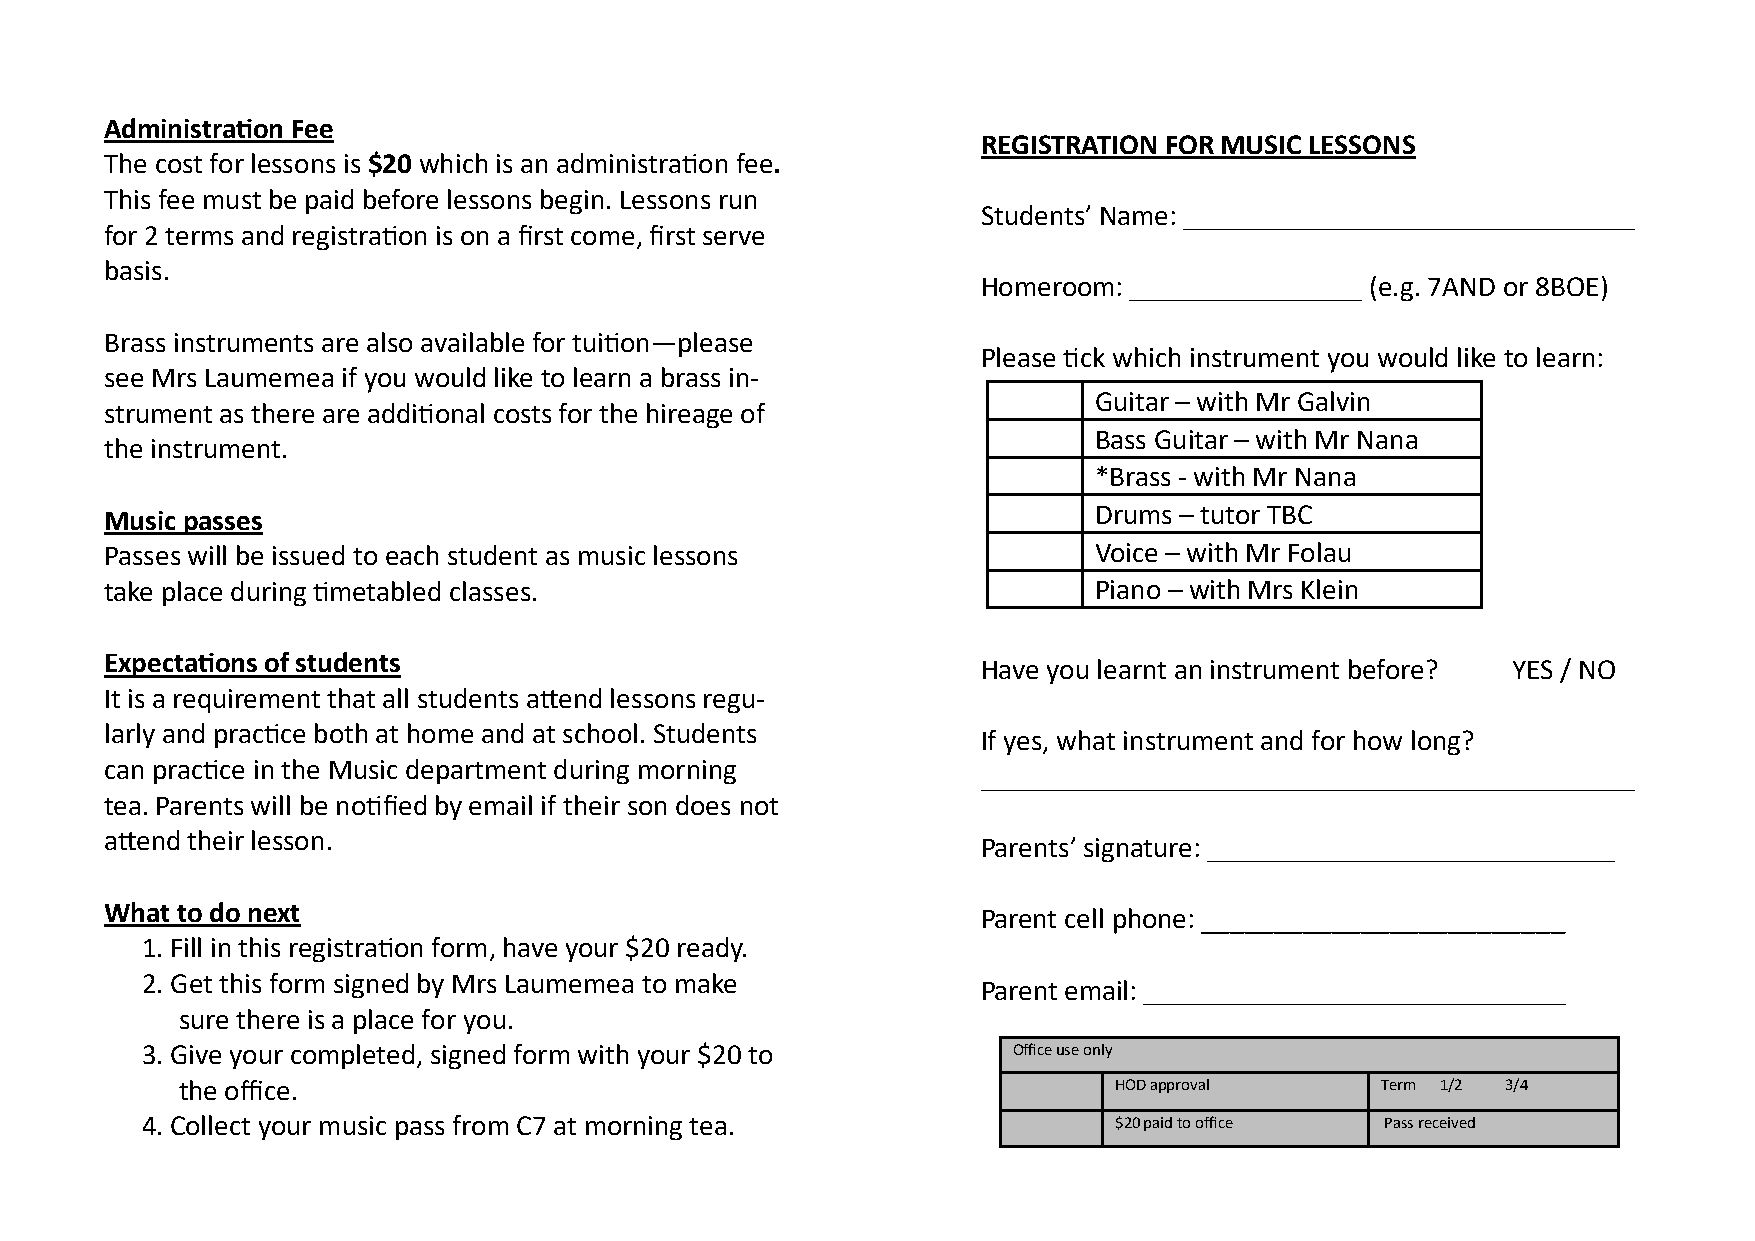
Administration Fee
 REGISTRATION FOR MUSIC LESSONS
 The cost for lessons is $20 which is an administration fee.
 This fee must be paid before lessons begin. Lessons run
 Students’ Name: _______________________________
 for 2 terms and registration is on a first come, first serve
 basis.
 Homeroom: ________________ (e.g. 7AND or 8BOE)
 Brass instruments are also available for tuition—please
 Please tick which instrument you would like to learn:
 see Mrs Laumemea if you would like to learn a brass in-
 Guitar – with Mr Galvin
 strument as there are additional costs for the hireage of
 Bass Guitar – with Mr Nana
 the instrument.
 -
 *Brass with Mr Nana
 Drums – tutor TBC
 Music passes
 Passes will be issued to each student as music lessons           Voice – with Mr Folau
 take place during timetabled classes.                            Piano – with Mrs Klein
 Expectations of students                                  Have you learnt an instrument before? YES / NO
 It is a requirement that all students attend lessons regu-
 larly and practice both at home and at school. Students
 If yes, what instrument and for how long?
 can practice in the Music department during morning
 _____________________________________________
 tea. Parents will be notified by email if their son does not
 attend their lesson.
 Parents’ signature: ____________________________
 What to do next                                           Parent cell phone: _________________________
 1. Fill in this registration form, have your $20 ready.
 2. Get this form signed by Mrs Laumemea to make
 Parent email: _____________________________
 sure there is a place for you.
 3. Give your completed, signed form with your $20 to      Office use only
 the office.                                                   HOD approval     Term 1/2 3/4
 4. Collect your music pass from C7 at morning tea.               $20 paid to office Pass received